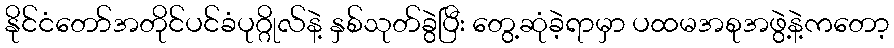
နိုင်ငံတော်အတိုင်ပင်ခံပုဂ္ဂိုလ်နဲ့ နှစ်သုတ်ခွဲပြီး တွေ့ဆုံခဲ့ရာမှာ ပထမအစုအဖွဲ့နဲ့ကတော့